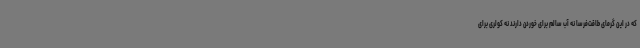
که در این گرمای طاقت‌فرسا نه آب سالم برای خوردن دارند نه کولری برای